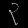
Digit: ၃